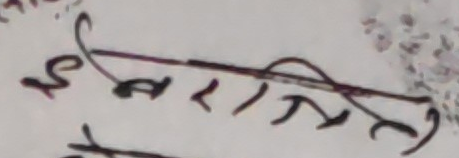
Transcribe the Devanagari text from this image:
ईश्वरति